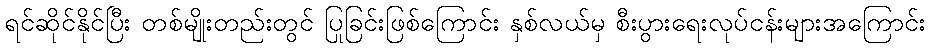
ရင်ဆိုင်နိုင်ပြီး တစ်မျိုးတည်းတွင် ပြုခြင်းဖြစ်ကြောင်း နှစ်လယ်မှ စီးပွားရေးလုပ်ငန်းများအကြောင်း